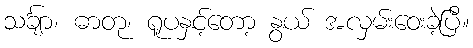
သင်္ချာ၊ ဓာတု၊ ရူပနှင့်တော့ နွယ် အလှမ်းဝေးခဲ့ပြီ။